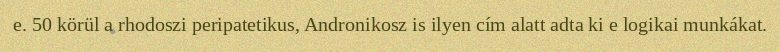
e. 50 körül a rhodoszi peripatetikus, Andronikosz is ilyen cím alatt adta ki e logikai munkákat.